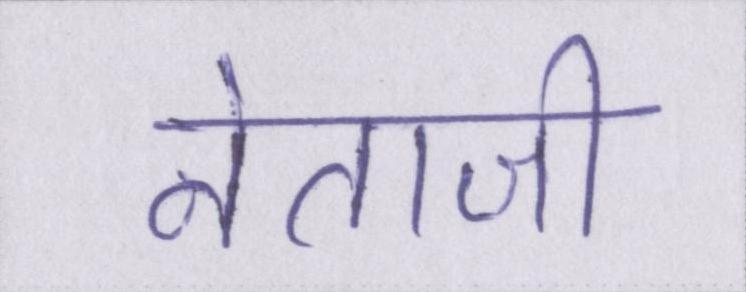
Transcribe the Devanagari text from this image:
नेताजी